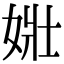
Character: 𡝂